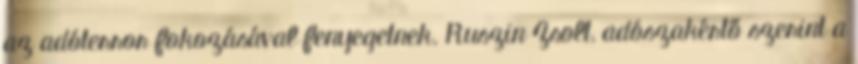
az adóterror fokozásával fenyegetnek. Ruszin Zsolt, adószakértő szerint a